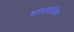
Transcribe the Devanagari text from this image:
वालादोलिद